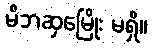
မိဘဆှမြေိုး မရှိ။